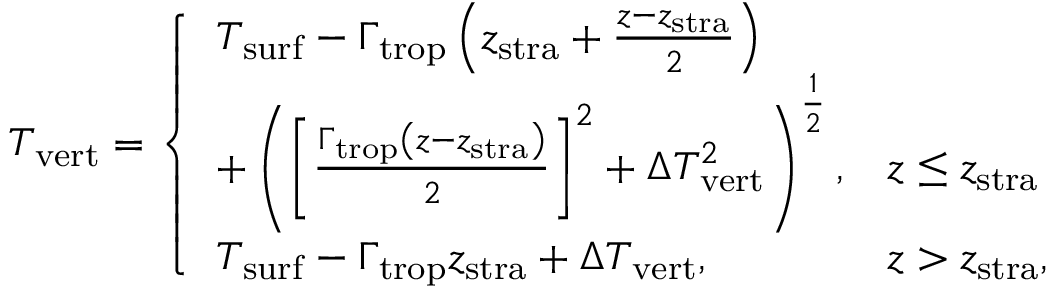
T _ { \mathrm { v e r t } } = \left\{ \begin{array} { l l } { T _ { \mathrm { s u r f } } - \Gamma _ { \mathrm { t r o p } } \left( z _ { \mathrm { s t r a } } + \frac { z - z _ { \mathrm { s t r a } } } { 2 } \right) } & { } \\ { + \left( \left[ \frac { \Gamma _ { \mathrm { t r o p } } \left( z - z _ { \mathrm { s t r a } } \right) } { 2 } \right] ^ { 2 } + \Delta T _ { \mathrm { v e r t } } ^ { 2 } \right) ^ { \frac { 1 } { 2 } } , } & { z \leq z _ { \mathrm { s t r a } } } \\ { T _ { \mathrm { s u r f } } - \Gamma _ { \mathrm { t r o p } } z _ { \mathrm { s t r a } } + \Delta T _ { \mathrm { v e r t } } , } & { z > z _ { \mathrm { s t r a } } , } \end{array} \right.